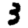
Digit: 3